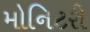
મોનિટરી